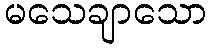
မသေချာသော